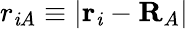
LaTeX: r_{\mathit{i}A}\equiv|\mathbf{{r}}_{\mathit{i}}-\mathbf{{R}}_{A}|